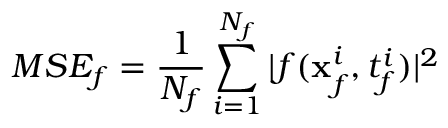
M S E _ { f } = \frac { 1 } { N _ { f } } \sum _ { i = 1 } ^ { N _ { f } } | f ( \mathbf { x } _ { f } ^ { i } , t _ { f } ^ { i } ) | ^ { 2 }